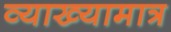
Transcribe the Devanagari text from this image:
व्याख्यामात्र